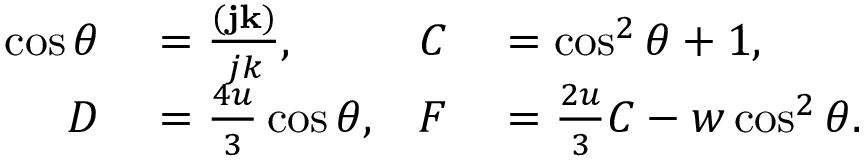
\begin{array} { r l r l } { \cos \theta } & { { } = \frac { ( \ensuremath { \mathbf { j } } \ensuremath { \mathbf { k } } ) } { j k } , } & { C } & { { } = \cos ^ { 2 } \theta + 1 , } \\ { D } & { { } = \frac { 4 u } { 3 } \cos \theta , } & { F } & { { } = \frac { 2 u } { 3 } C - w \cos ^ { 2 } \theta . } \end{array}